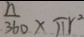
\frac { n } { 3 6 0 } \times \pi r ^ { 2 }